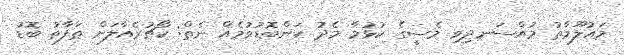
މައުލޫމާތު މުއްސަނދިވި މެސީގެ ކުޅުމާ މެދު ކަންބޮޑުވުމެއް ނެތް: ކޯޗުރެއާލަށް ތަފާތު ބޮޑު